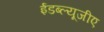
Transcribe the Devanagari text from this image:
ईडब्ल्यूजीए